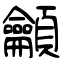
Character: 龥